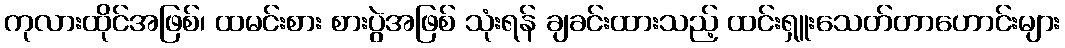
ကုလားထိုင်အဖြစ်၊ ထမင်းစား စားပွဲအဖြစ် သုံးရန် ချခင်းထားသည့် ထင်းရှူးသေတ်တာဟောင်းများ